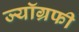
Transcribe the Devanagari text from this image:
ज्यॉग्रफी